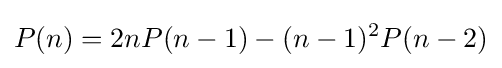
P(n)=2nP(n-1)-(n-1)^{2}P(n-2)